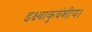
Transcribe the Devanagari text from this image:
इक्ष्वाकुवंशीय।